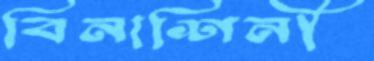
বিনাশিনী